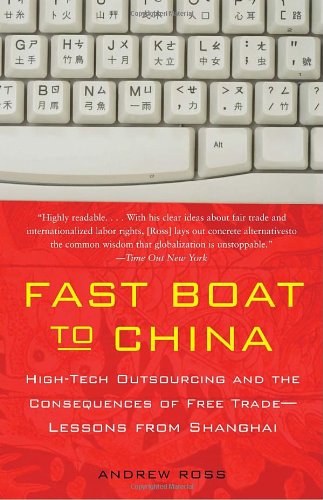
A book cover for Fast Boat to China: High-Tech Outsourcing and the Consequences of Free Trade: Lessons from Shanghai; Andrew Ross; Business & Money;